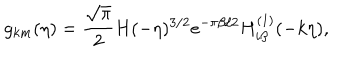
g _ { k m } ( \eta ) = \frac { \sqrt { \pi } } { 2 } H ( - \eta ) ^ { 3 / 2 } e ^ { - \pi \beta / 2 } H _ { i \beta } ^ { ( 1 ) } ( - k \eta ) ,